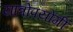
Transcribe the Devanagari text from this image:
यात्रोपयोगी